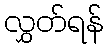
လွှတ်ရန်